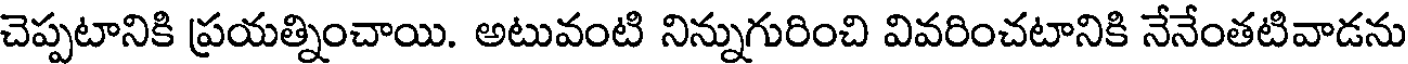
చెప్పటానికి ప్రయత్నించాయి. అటువంటి నిన్నుగురించి వివరించటానికి నేనేంతటివాడను